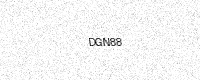
Text: DGN88